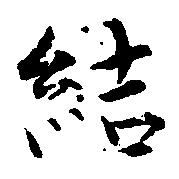
結